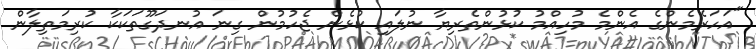
"އަހަރެމެންގެ އެންމެ މުހިއްމު ކުޅުންތެރިޔާ ނުލައި ކުޅެން ޖެހުމުން ގިނަ އުނދަގޫތަކަކާ ކުރިމަތިލާން